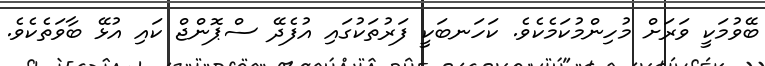
ބޭވުމަކީ ވަރަށް މުހިންމުކަމެކެވެ. ކަހަނބަކީ ފަރުތަކުގައި އުފެދޭ ސްޕޮންޖް ކައި އުޅޭ ބާވަތެކެވެ.